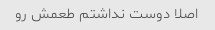
اصلا دوست نداشتم طعمش رو